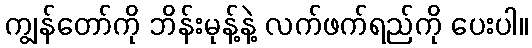
ကျွန်တော်ကို ဘိန်းမုန့်နဲ့ လက်ဖက်ရည်ကို ပေးပါ။